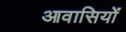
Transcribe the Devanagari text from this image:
आवासियों